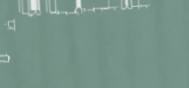
بيع بالتجزئة لأفضل ماركات